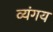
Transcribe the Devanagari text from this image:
व्यंगय